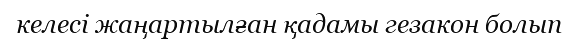
келесі жаңартылған қадамы гезакон болып